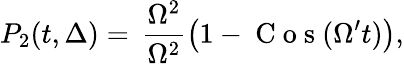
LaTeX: P_{2}(t,\Delta)=\, \frac{\Omega^{2}}{\Omega^{2}}\left(1-\mathrm{~C~o~s~}(\Omega^{\prime}t)\right),